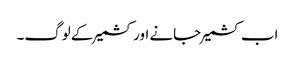
اب کشمیر جانے اور کشمیر کے لوگ۔